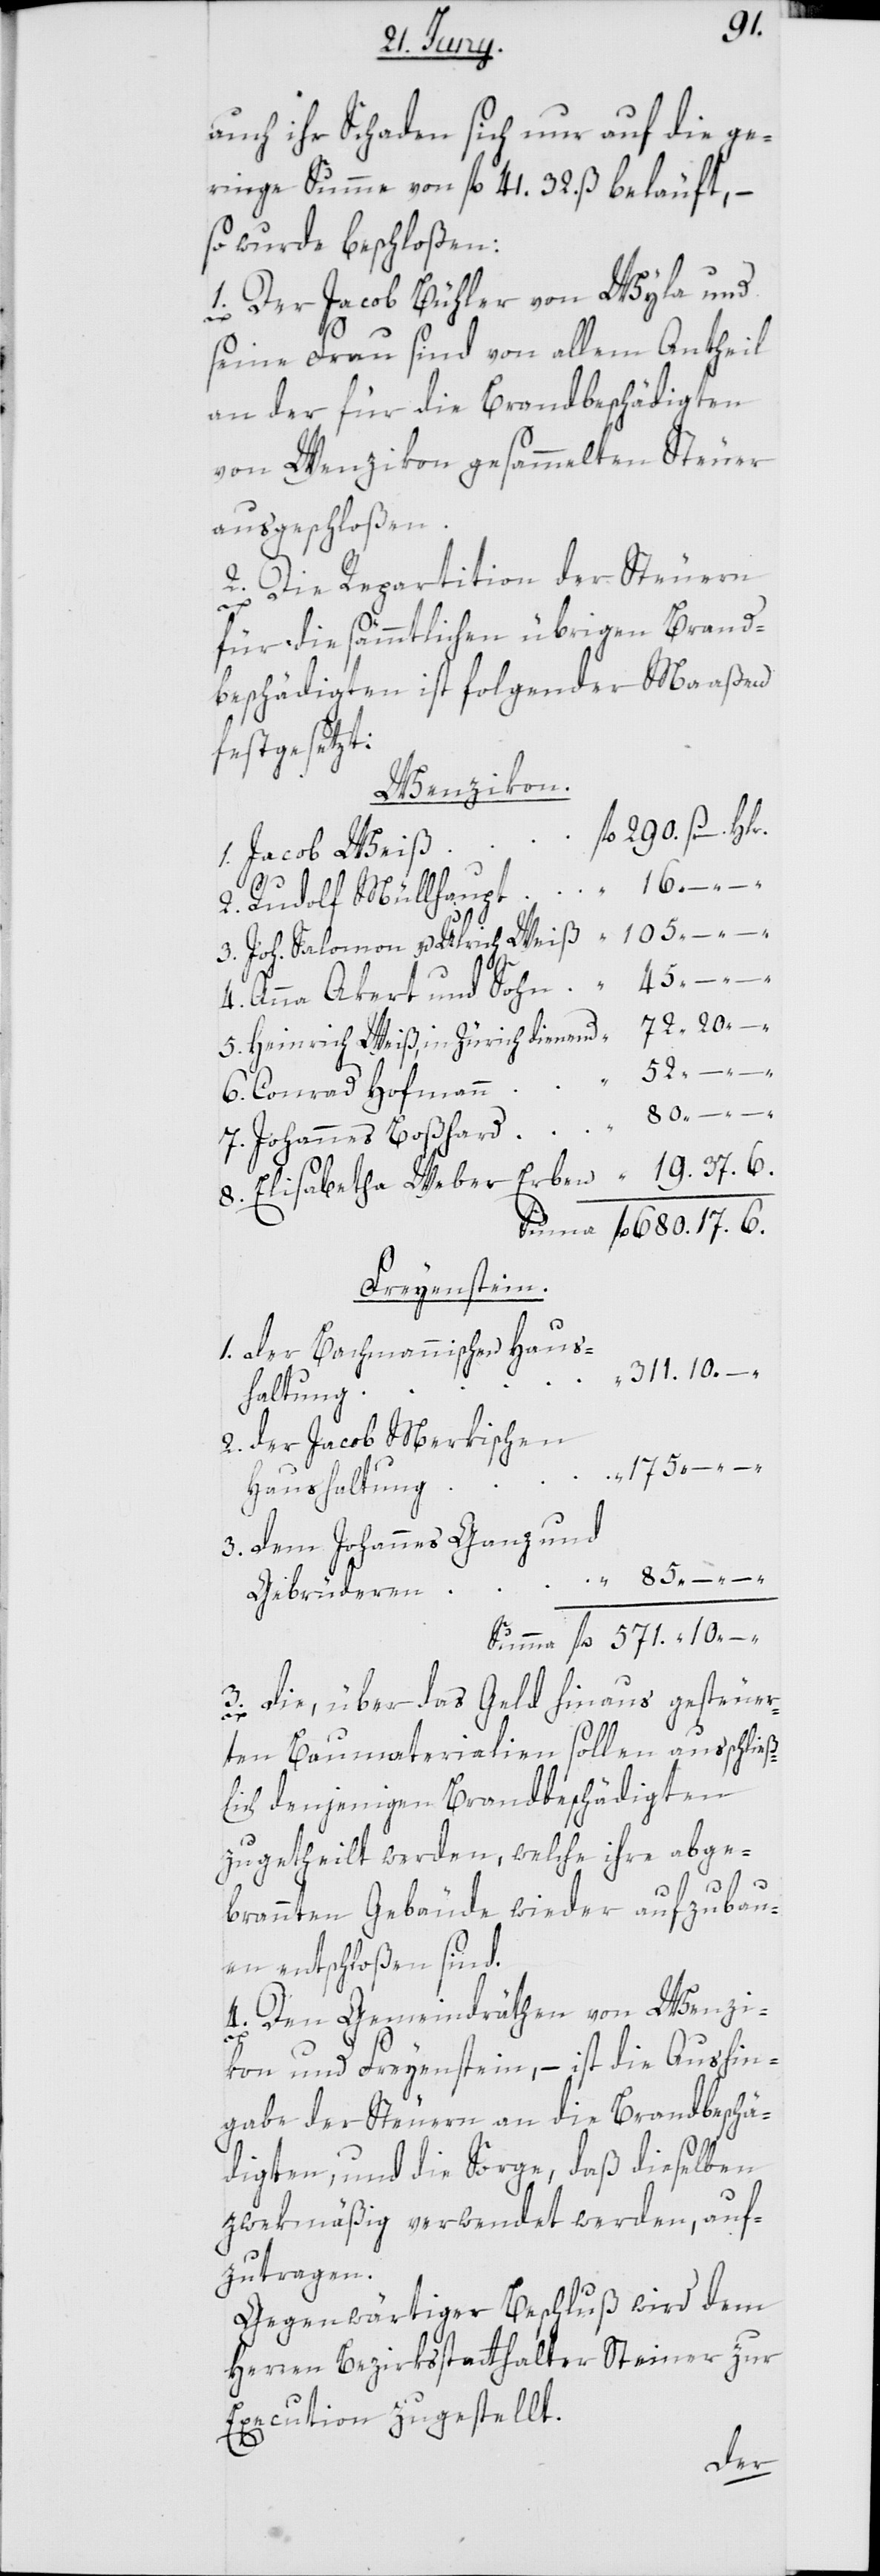
571.
auch ihr Schaden sich nur auf die ge¬
ringe Summe von fl. 41. 32. ß beläuft, –
so wurde beschloßen:
1. Der Jacob Bühler von Wyla und
seine Frau sind von allem Antheil
an der für die Brandbeschädigten
von Wenzikon gesammelten Steuer
ausgeschloßen.
2. Die Repartition der Steuern
fl.
für die sämmtlichen übrigen Brand¬
beschädigten ist folgender Maaßen
festgesetzt:
Wenzikon.
1. Jacob Weiß
2. Rudolf Müllhaupt
3. Joh. Salomon u. Ulrich Weiß
Hlr.
4. Anna Akert und Sohn
5. Heinrich Weiß, in Zürich dienend
6. Conrad Hofmann
52.
7. Johannes Boßhard
8. Elisabetha Weber
Freyenstein.
1. der Bachmannischen Haus¬
haltung
2. der Jacob Merkischen
Haushaltung
3. dem Johannes Ganz und
Gebrüdern
3. die, über das Geld hinaus gesteuer¬
20
ten Baumaterialien sollen ausschließ¬
lich denjenigen Brandbeschädigten
zugetheilt werden, welche ihre abge¬
brannten Gebäude wieder aufzubau¬
en entschloßen sind.
4. Den Gemeindräthen von Wenzi¬
10
kon und Freyenstein, – ist die Aushin¬
gabe der Steuern an die Brandbeschä¬
digten, und die Sorge, daß dieselben
zwekmäßig verwendet werden, auf¬
zutragen.
Gegenwärtiger Beschluß wird dem
Herren Bezirksstatthalter Steiner zur
Execution zugestellt.